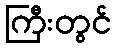
ကြီးတွင်